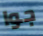
جوا